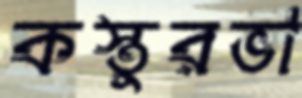
কস্তুরভা